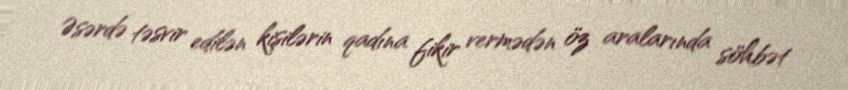
Əsərdə təsvir edilən kişilərin qadına fikir vermədən öz aralarında söhbət